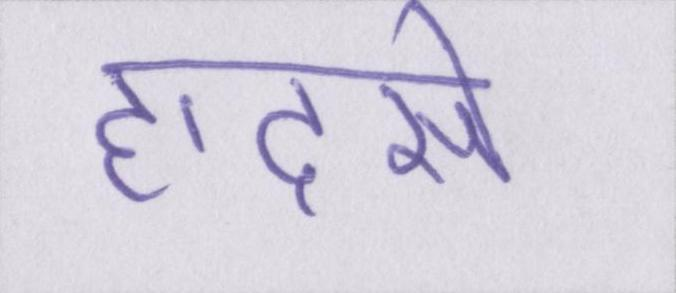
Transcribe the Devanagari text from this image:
हादसे